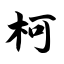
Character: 柯